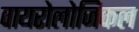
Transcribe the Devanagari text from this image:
वायरोलोजिकल